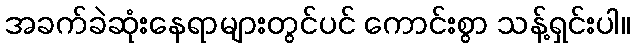
အခက်ခဲဆုံးနေရာများတွင်ပင် ကောင်းစွာ သန့်ရှင်းပါ။